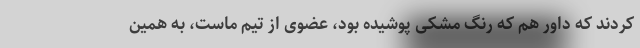
‌کردند که داور هم که رنگ مشکی پوشیده بود، عضوی از تیم ماست، به همین